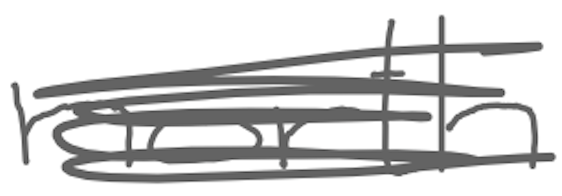
Text: north
Cross-out: scratch
Writing tool: digital_gray